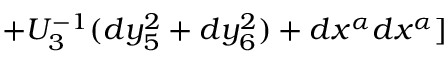
+ U _ { 3 } ^ { - 1 } ( d y _ { 5 } ^ { 2 } + d y _ { 6 } ^ { 2 } ) + d x ^ { \alpha } d x ^ { \alpha } ]